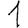
Digit: 1